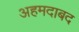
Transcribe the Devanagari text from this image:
अहमदाबद